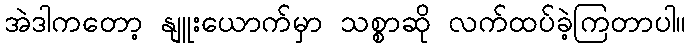
အဲဒါကတော့ နျူးယောက်မှာ သစ္စာဆို လက်ထပ်ခဲ့ကြတာပါ။